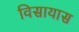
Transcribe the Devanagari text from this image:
विसायास